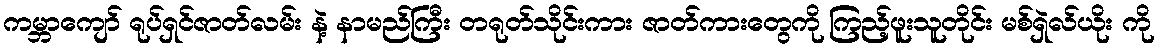
ကမ္ဘာကျော် ရုပ်ရှင်ဇာတ်လမ်း နဲ့ နာမည်ကြီး တရုတ်သိုင်းကား ဇာတ်ကားတွေကို ကြည့်ဖူးသူတိုင်း မစ်ရှဲလ်ယိုး ကို